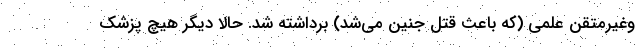
وغیرمتقن علمی (که باعث قتل جنین می‌شد) برداشته شد. حالا دیگر هیچ پزشک